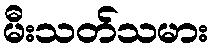
မီးသတ်သမား